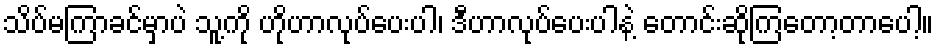
သိပ်မကြာခင်မှာပဲ သူ့ကို ဟိုဟာလုပ်ပေးပါ၊ ဒီဟာလုပ်ပေးပါနဲ့ တောင်းဆိုကြတော့တာပေါ့။